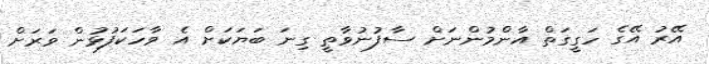
އޭރު އޭގެ ހަގީގަތް އާންމުންނަށް ސާފުނުވާތީ ގިނަ ބަޔަކަށް އެ ވާހަކަފުޅުން ވަރަށް